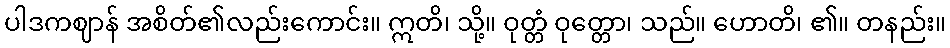
ပါဒကဈာန် အစိတ်၏လည်းကောင်း။ ဣတိ၊ သို့။ ဝုတ္တံ ဝုတ္တော၊ သည်။ ဟောတိ၊ ၏။ တနည်း။